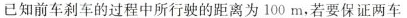
已知前车刹车的过程中所行驶的距离为100m，若要保证两车